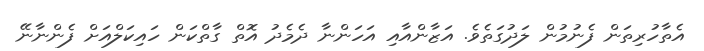
އެތާހުރިތަން ފެނުމުން ލަދުގަތެވެ. އަޒާންއާއި އަހަންނާ ދެމެދު އޮތް ގާތްކަން ހައިކަލްއަށް ފެންނާނޭ